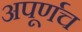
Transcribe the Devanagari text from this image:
अपूर्णच